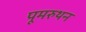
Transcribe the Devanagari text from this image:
पूमरुथन